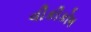
વીકીકોષ